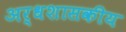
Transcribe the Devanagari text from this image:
अर्धशासकीय